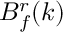
B _ { f } ^ { r } ( k )